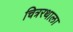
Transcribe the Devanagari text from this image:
चित्ररथाला